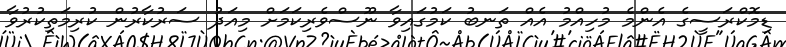
ޑިމޮކްރަސީގެ އެންމެ މުހިއްމު އެއް ތަނބު ކަމުގައިވާ ނޫސްވެރިކަމަށް މިއަދު ސަރުކާރުން ކުރިމަތިކުރުވާ